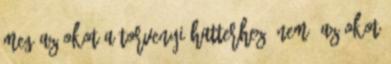
meg az okot a torvenyi hatterhez. Nem. Az okot